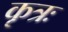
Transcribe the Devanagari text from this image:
कृत्रः